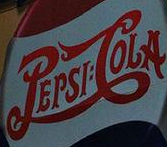
PEPSI:COLA